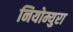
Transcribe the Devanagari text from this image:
नियोम्युरा